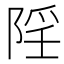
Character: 𨺄